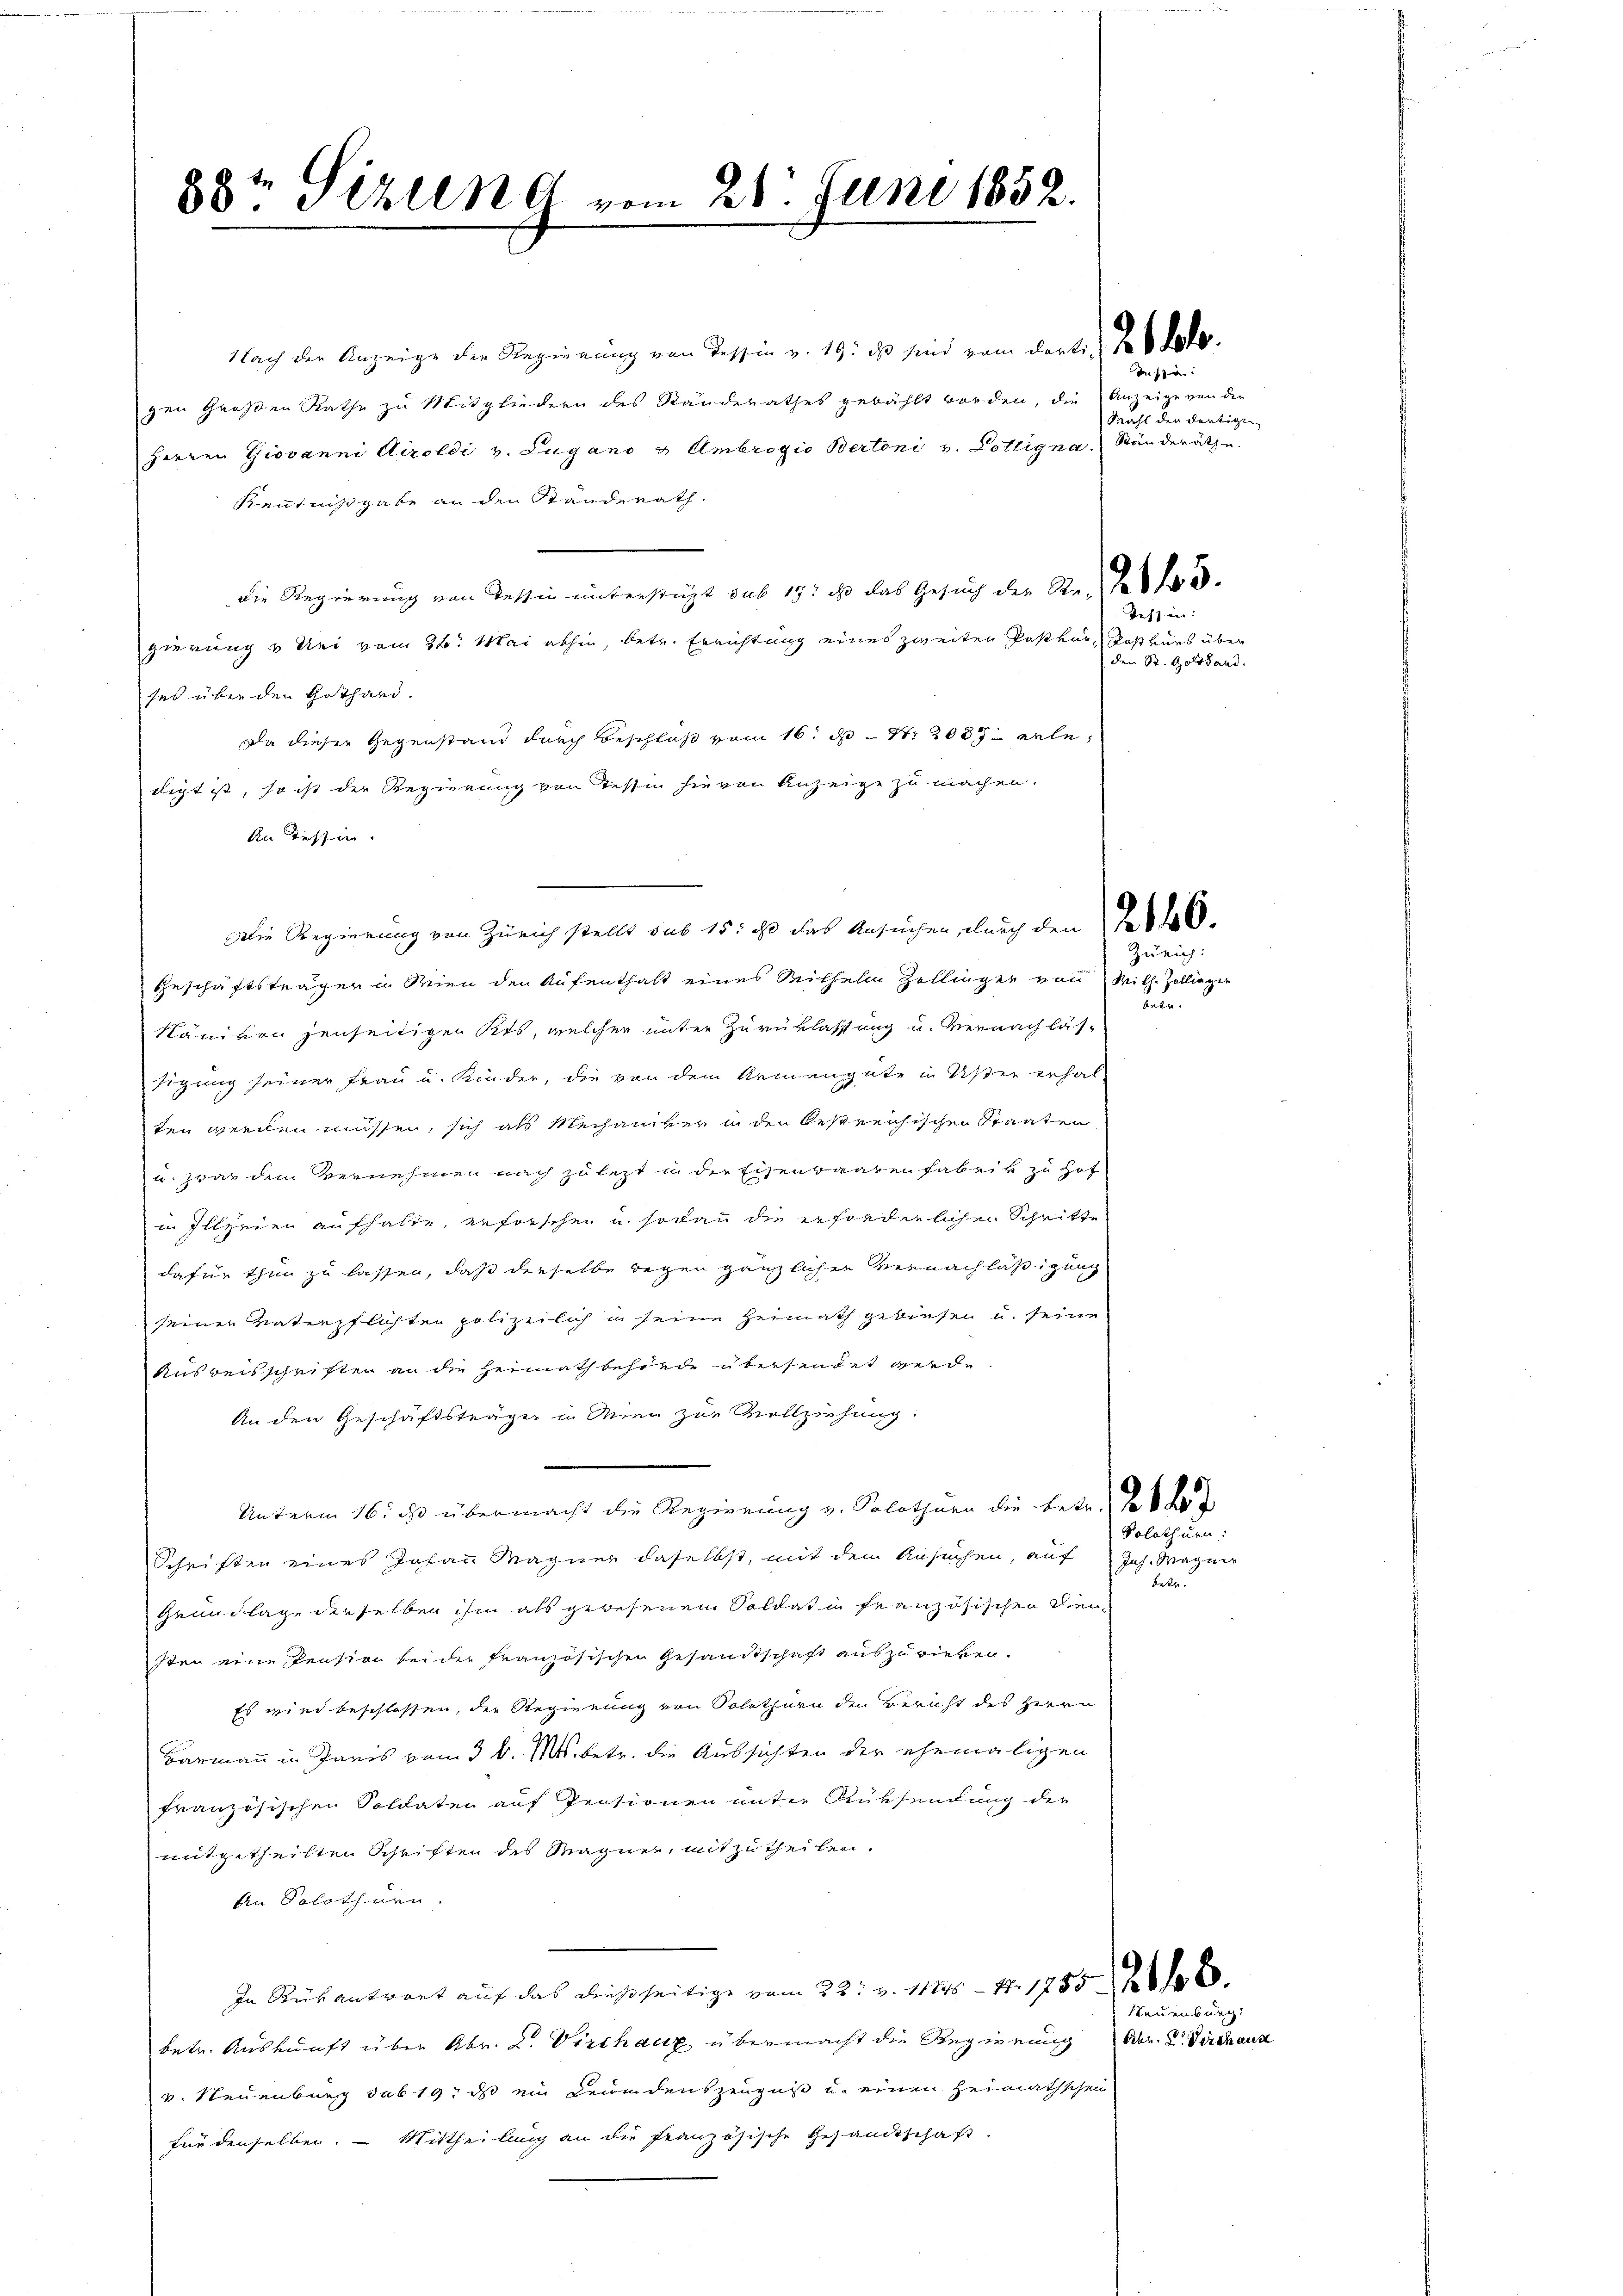
88t Sizung vom 28. Juni 1852.

Nach der Anzeige der Regierung von Tessin v. 19. ds sind vom dort. 26. d.
zen Großen Rathe zu Mitgliedern des Ständerathes gewählt worden, die Anzeige von der
Herren Giovanni Airoldi v. Lugano u. Ambrogio Bertoni v. Lottigna. Ständeräthe.
Kenntnißgabe an den Standerath.
die Regierung von Tessin unterstüzt sub 19t es das Gesuch der Str. 2 f 3
gierung u Sei vom 26. Mai abhin, betr. Errichtung eines zweiten Post vor, daß kurs über
sei über den Gothard.
Da dieser Gegenstand durch Beschluß vom 16. d. S. 2087 erledigt ist, so ist der Regierung von Tessin hievon Anzeige zu machen.
An Tessin.
Die Regierung von Zürich stellt sub 15. ds das Ansuchen, durch den 16.
Geschäftsträger in Wien den Aufenthalt eines Mithelm Zollinger von Wilh-Zollinger
Näni von jenseitigen Kts, welcher unter Zuverlassung u. vernachlässigung seiner Frau u. Kinder, die von dem Armengute in Uster erhal
ten werden müssen, sich als Mechaniker in den bestreichischen Staaten
u. zwar dem Vernehmen nach zulezt in der Eisenwaarenfabrik zu Hof
in Illzeien aufhalte, erforschen u. sodann die erforderlichen Schritte
dafür thun zu lassen, daß dieselbe gegen gänzlicher Vernachlässigung
seiner Vaterpflichten polizeilich in seine Heimath gewiesen u. seine
Ausweisschriften an die Heimathbehörde übersendet werde.
An den Geschäftsträger in Wien zur Vollziehung.
Unterm 16. ds. übermacht die Regierung v. Solothurn die betr. das de d
Schriften eines Johann Magner daselbst, mit dem Ansuchen, auf
Grundlage derselben ihm als gewesenen Soldat in französischen Diensten eine Pension sei der französischen Gesandtschaft auszuwirken.
Es wird beschlossen, der Regierung von Solothurn den Bericht des Herrn
Barmann in Paris vom 3 l. Mts. betr. die Aussichten der ehemaligen
französischen Soldaten auf Pensionen unter Rüksendung der
mitgetheilten Schriften des Magner, mitzutheilen.
An Solothurn.
In Rückantwort auf das dießseitige vom 22t v. 11845 — 1. 1755 26
betr. Auskunft über Abr. 2. Viechanz übermacht die Regierung Abr. L. Kirchaus
v. Neuenburg sub 19. ds ein Keindenszeugnis u. einen Heimathschein
für denselben. — Mittheilung an die französische Gesandtschaft.

In se
Wahl der dortigen

Tessin:
den St. Gotthard.

Zürich:
ete.

Solothurn:

Joh. Magner
Bett.

Neuenburg.